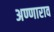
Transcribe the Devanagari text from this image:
अण्णाराव